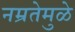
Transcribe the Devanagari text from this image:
नम्रतेमुळे